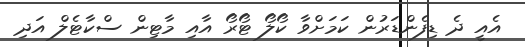
އެއީ ދެ ޑިފެންޑަރުން ކަމަށްވާ ކޯލޯ ޓޯރޯ އާއި މާޓިން ސްކާޓެލް އަދި